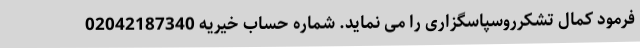
فرمود کمال تشکرروسپاسگزاری را می نماید. شماره حساب خیریه 02042187340